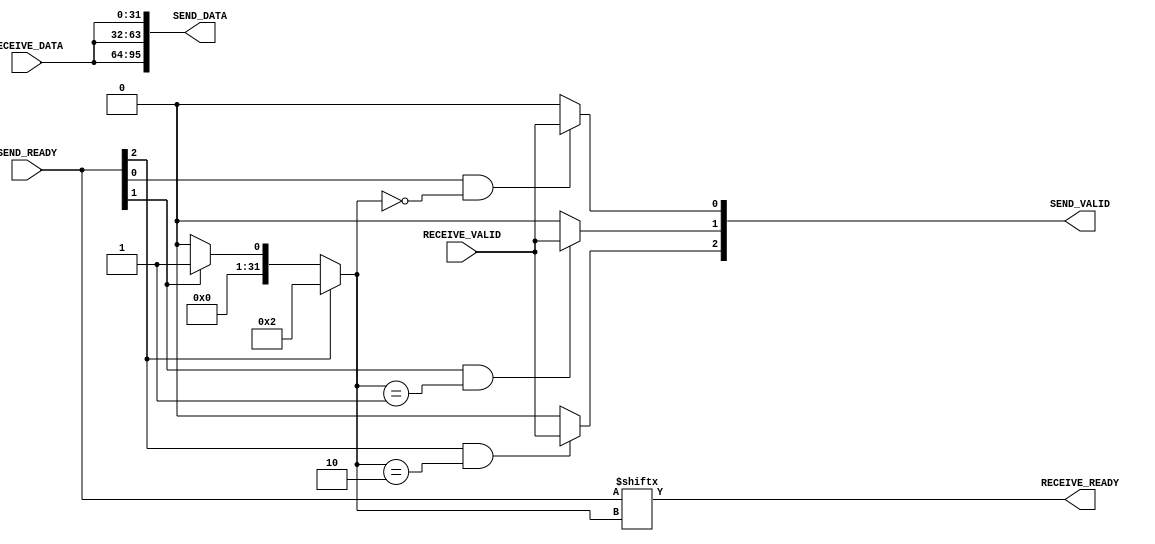
/*

 connect_fork (1 way)
 ------------------------

            |
            |
           \ /

     ================
     | connect_fork |
     ================

       |    |    |
       |   data  |
       |    |    |
      \           /
       \         /
        \       /
         \     /
          \   /
           \ /

 */

module connect_fork #
  (
   parameter integer DATA_WIDTH  = 32,
   parameter integer CONNECT_NUM = 3
   )
  (
   input                                   RECEIVE_VALID,
   input [DATA_WIDTH-1:0]                  RECEIVE_DATA,
   output                                  RECEIVE_READY,

   output reg [CONNECT_NUM-1:0]            SEND_VALID,
   output reg [DATA_WIDTH*CONNECT_NUM-1:0] SEND_DATA,
   input [CONNECT_NUM-1:0]                 SEND_READY
   );

   reg [31:0] send_index;

   integer i1, i2;
   
   // send_index
   always @* begin
      send_index = 0;
      for (i1 = 0; i1 < CONNECT_NUM; i1 = i1 + 1)
        if (SEND_READY[i1])
          send_index = i1;
   end

   assign RECEIVE_READY = SEND_READY[send_index];

   genvar iG;
   generate
      for (iG = 0; iG < CONNECT_NUM; iG = iG + 1) begin : send_block
         always @* begin
            SEND_DATA[DATA_WIDTH * (iG + 1) - 1 -: DATA_WIDTH] = RECEIVE_DATA;

            if (SEND_READY[iG] && send_index == iG)
              SEND_VALID[iG] = RECEIVE_VALID;
            else
              SEND_VALID[iG] = 1'b0;
         end
      end
   endgenerate

endmodule